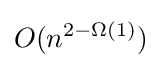
O(n^{2-\Omega (1)})